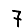
Digit: 7